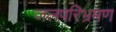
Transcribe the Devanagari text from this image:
जलपरिभ्रमण